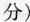
分）